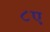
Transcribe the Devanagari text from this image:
८ए